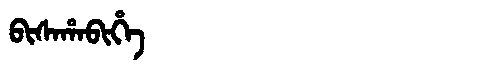
Manchu: ᠪᡳᠰᠠᡥᠠᠪᡳᡥᡝ
Romanization: BISAHABIHE